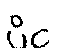
ပိင